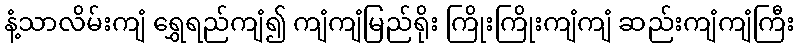
နံ့သာလိမ်းကျံ ရွှေရည်ကျံ၍ ကျံကျံမြည်ရိုး ကြိုးကြိုးကျံကျံ ဆည်းကျံကျံကြီး